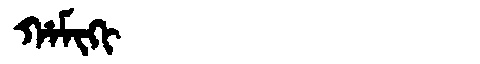
Manchu: ᡥᠠᠮᡳᡴᡳ
Romanization: HAMIKI